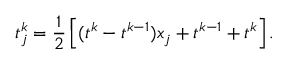
t _ { j } ^ { k } = \frac { 1 } { 2 } \left[ ( t ^ { k } - t ^ { k - 1 } ) x _ { j } + t ^ { k - 1 } + t ^ { k } \right] .